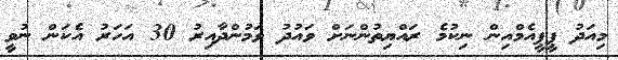
މިއަދު ޕީޕީއެމްއިން ނިކުމެ ރައްޔިތުންނަށް ވައުދު ވަމުންދާއިރު 30 އަހަރު އެކަން ނުވީ